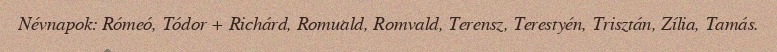
Névnapok: Rómeó, Tódor + Richárd, Romuald, Romvald, Terensz, Terestyén, Trisztán, Zília, Tamás.